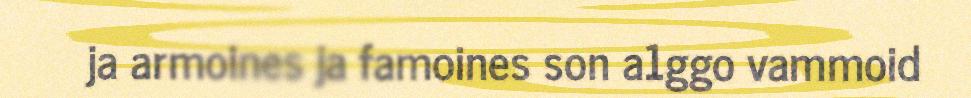
ja armoines ja famoines son a1ggo vammoid